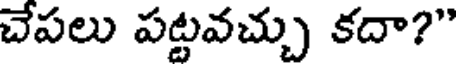
చేపలు పట్టవచ్చు కదా?"